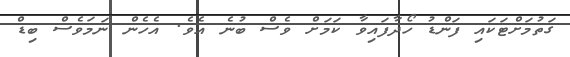
ގަތުމަށްޓަކައި ފަންޑު ހޯދާފައިވާ ކަމަށް ވެސް ބުނެ އެވެ. އެހެން ނަމަވެސް ބިޑް